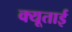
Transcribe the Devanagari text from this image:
क्यूताई